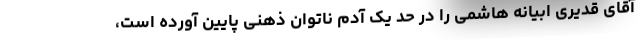
آقای قدیری ابیانه هاشمی را در حد یک آدم ناتوان ذهنی پایین آورده است،